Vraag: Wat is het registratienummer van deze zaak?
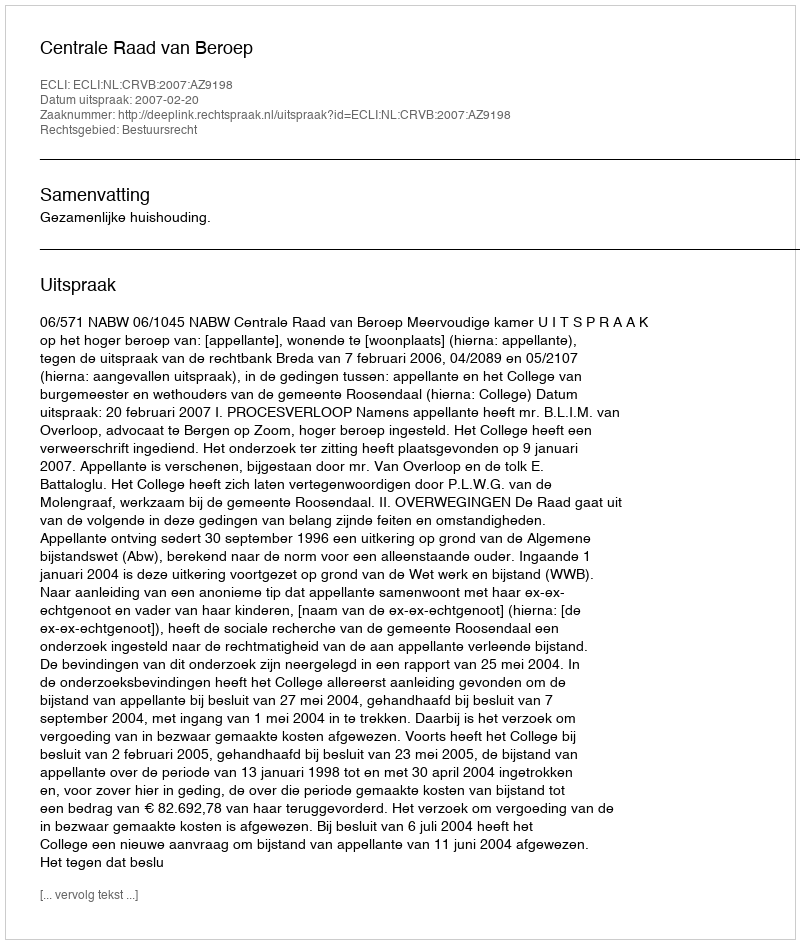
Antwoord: http://deeplink.rechtspraak.nl/uitspraak?id=ECLI:NL:CRVB:2007:AZ9198